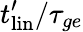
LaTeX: t_{\mathrm{{lin}}}^{\prime}/\tau_{ge}